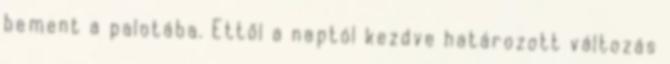
bement a palotába. Ettől a naptól kezdve határozott változás